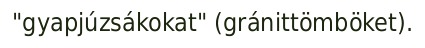
"gyapjúzsákokat" (gránittömböket).